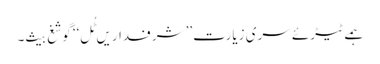
ہمے ٹیڑئے سری زیارت’’ شرفداریں ٹُل‘‘ گوشغ بیث۔